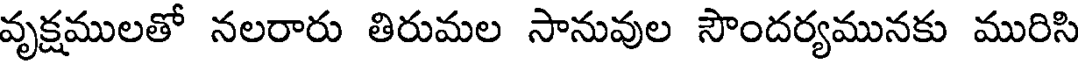
వృక్షములతో నలరారు తిరుమల సానువుల సౌందర్యమునకు మురిసి